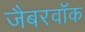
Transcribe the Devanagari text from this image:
जैबरवॉक